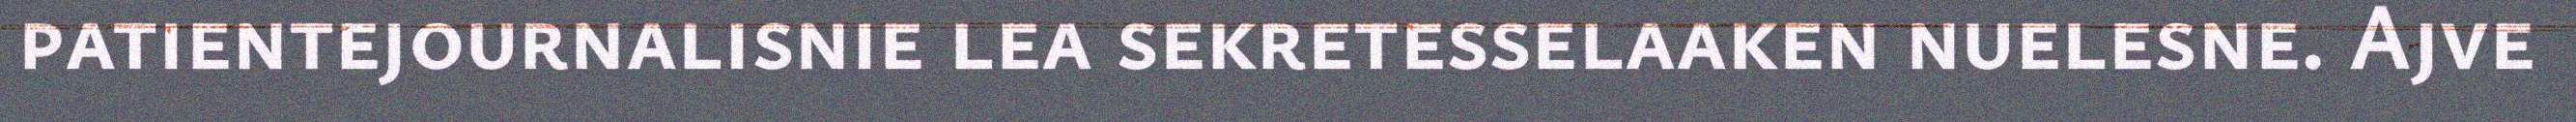
patientejournalisnie lea sekretesselaaken nuelesne. Ajve